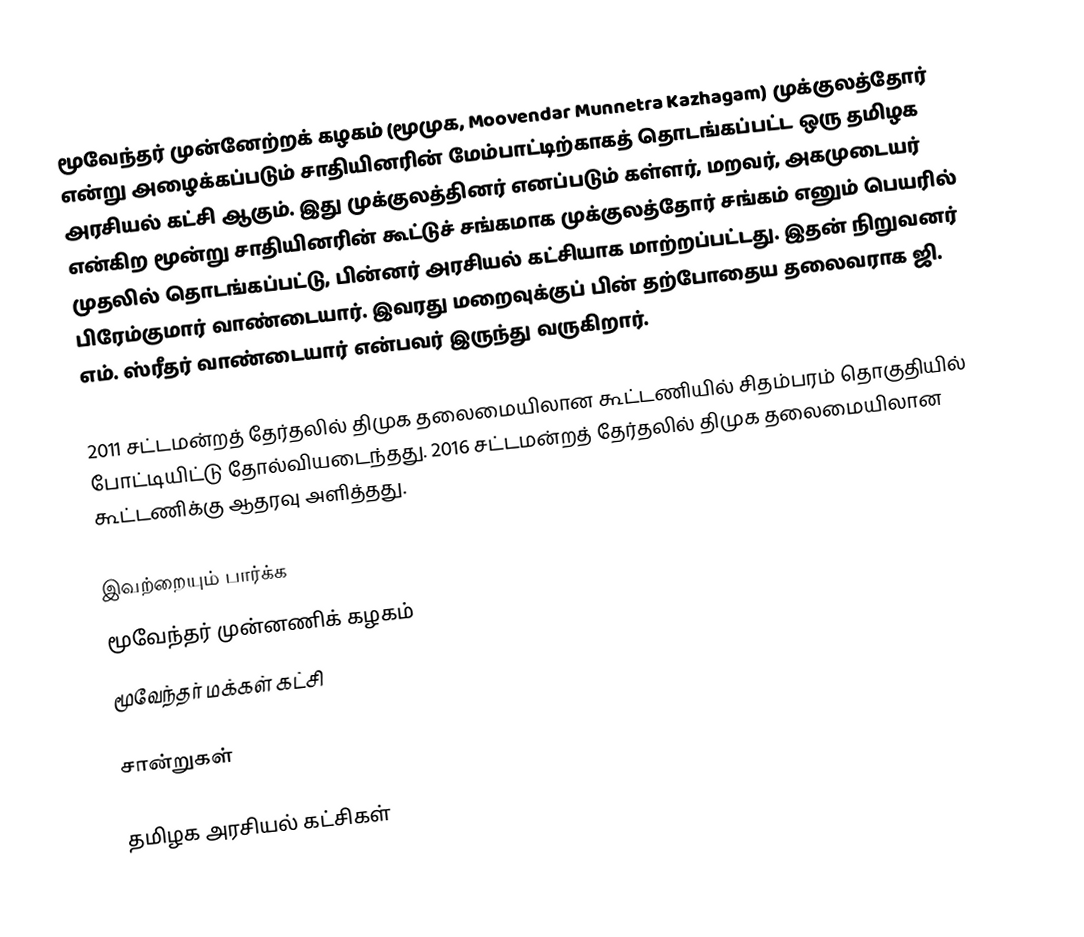
மூவேந்தர் முன்னேற்றக் கழகம் (மூமுக, Moovendar Munnetra Kazhagam) முக்குலத்தோர் என்று அழைக்கப்படும் சாதியினரின் மேம்பாட்டிற்காகத் தொடங்கப்பட்ட ஒரு தமிழக அரசியல் கட்சி ஆகும். இது முக்குலத்தினர் எனப்படும் கள்ளர், மறவர், அகமுடையர் என்கிற மூன்று சாதியினரின் கூட்டுச் சங்கமாக முக்குலத்தோர் சங்கம் எனும் பெயரில் முதலில் தொடங்கப்பட்டு, பின்னர் அரசியல் கட்சியாக மாற்றப்பட்டது. இதன் நிறுவனர் பிரேம்குமார் வாண்டையார். இவரது மறைவுக்குப் பின் தற்போதைய தலைவராக ஜி. எம். ஸ்ரீதர் வாண்டையார் என்பவர் இருந்து வருகிறார்.

2011 சட்டமன்றத் தேர்தலில் திமுக தலைமையிலான கூட்டணியில் சிதம்பரம் தொகுதியில் போட்டியிட்டு தோல்வியடைந்தது. 2016 சட்டமன்றத் தேர்தலில் திமுக தலைமையிலான கூட்டணிக்கு ஆதரவு அளித்தது.

இவற்றையும் பார்க்க
 மூவேந்தர் முன்னணிக் கழகம்
 மூவேந்தர் மக்கள் கட்சி

சான்றுகள்

தமிழக அரசியல் கட்சிகள்